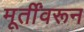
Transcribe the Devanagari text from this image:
मूर्तींवरून